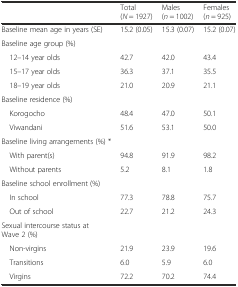
|  | Total (N = 1927) | Males (n = 1002) | Females (n = 925) |
 | --- | --- | --- | --- |
 | Baseline mean age in years (SE) | 15.2 (0.05) | 15.3 (0.07) | 15.2 (0.07) |
 | Baseline age group (%) |  |  |  |
 | 12–14 year olds | 42.7 | 42.0 | 43.4 |
 | 15–17 year olds | 36.3 | 37.1 | 35.5 |
 | 18–19 year olds | 21.0 | 20.9 | 21.1 |
 | Baseline residence (%) |  |  |  |
 | Korogocho | 48.4 | 47.0 | 50.1 |
 | Viwandani | 51.6 | 53.1 | 50.0 |
 | Baseline living arrangements (%) * |  |  |  |
 | With parent(s) | 94.8 | 91.9 | 98.2 |
 | Without parents | 5.2 | 8.1 | 1.8 |
 | Baseline school enrollment (%) |  |  |  |
 | In school | 77.3 | 78.8 | 75.7 |
 | Out of school | 22.7 | 21.2 | 24.3 |
 | Sexual intercourse status at Wave 2 (%) |  |  |  |
 | Non-virgins | 21.9 | 23.9 | 19.6 |
 | Transitions | 6.0 | 5.9 | 6.0 |
 | Virgins | 72.2 | 70.2 | 74.4 |